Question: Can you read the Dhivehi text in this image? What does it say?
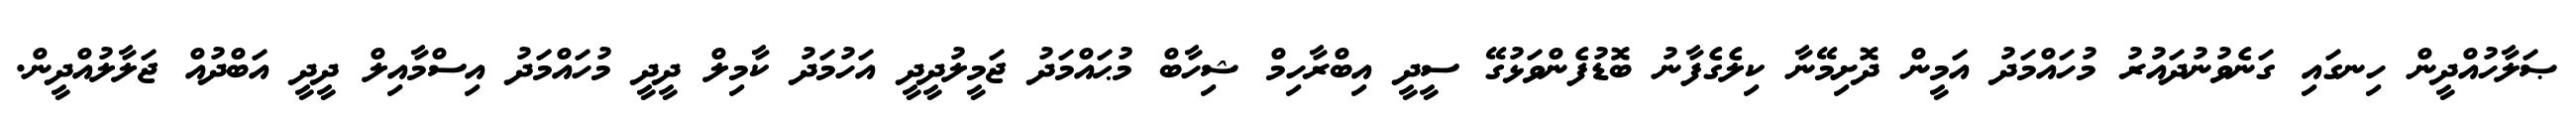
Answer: ޞަލާހުއްދީން ހިނގައި ގަނެވުނުދައުރު މުހައްމަދު އަމީން ދޮށިމޭނާ ކިލެގެފާނު ބޮޑުފެންވަޅުގޭ ސީދީ އިބްރާހިމް ޝިހާބް މުޙައްމަދު ޖަމީލުދީދީ އަހުމަދު ކާމިލް ދީދީ މުހައްމަދު އިސްމާއިލް ދީދީ އަބްދުއް ޖަލާލުއްދީން.